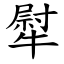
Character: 犚